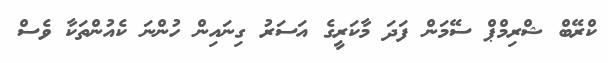
ކްރޭބް ޝްރިމްޕް ސޭމަން ފަދަ މާކަރީގެ އަސަރު ގިނައިން ހުންނަ ކެއުންތަކާ ވެސް